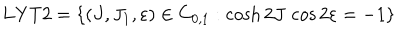
\mathrm { L Y T 2 } = \left\{ ( J , J _ { 1 } , \varepsilon ) \in C _ { 0 , 1 } : \cosh 2 J \, \cos 2 \varepsilon = - 1 \right\}